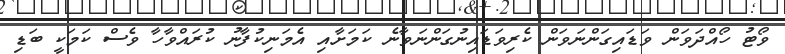
ވޯޓު ހޯއްދަވަން ވަޑައިގަންނަވަން ކެރިވަޑައިނުގަންނަވާނެ ކަމަށާއި އެމަނިކުފާނު ކުރައްވާހާ ވެސް ކަމަކީ ބަޑި